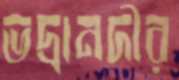
ভদ্রানদীর